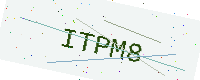
Text: ITPM8